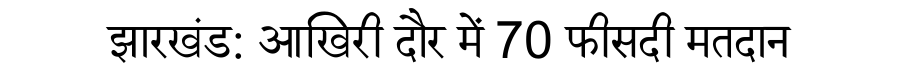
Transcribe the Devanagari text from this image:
झारखंड: आखिरी दौर में 70 फीसदी मतदान